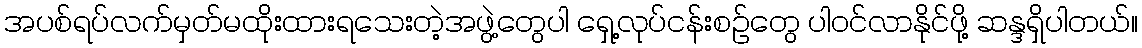
အပစ်ရပ်လက်မှတ်မထိုးထားရသေးတဲ့အဖွဲ့တွေပါ ရှေ့လုပ်ငန်းစဉ်တွေ ပါဝင်လာနိုင်ဖို့ ဆန္ဒရှိပါတယ်။